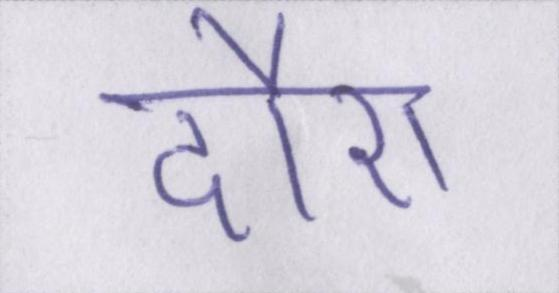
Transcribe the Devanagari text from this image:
दौरा